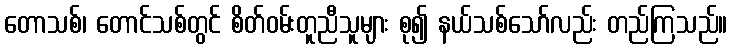
တောသစ်၊ တောင်သစ်တွင် စိတ်ဝမ်းတူညီသူများ စု၍ နယ်သစ်သော်လည်း တည်ကြသည်။